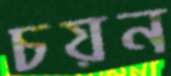
চয়ন